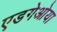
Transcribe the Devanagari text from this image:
एडगेओया